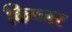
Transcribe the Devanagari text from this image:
किप्नर